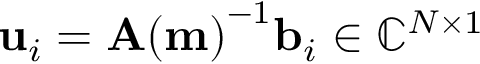
\mathbf { u } _ { i } = \mathbf { A ( m ) } ^ { - 1 } \mathbf { b } _ { i } \in { \mathbb { C } } ^ { N \times 1 }